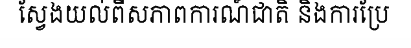
ស្វែងយល់ពីសភាពការណ៍ជាតិ និងការប្រែ